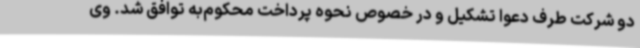
دو شرکت طرف دعوا تشکیل و در خصوص نحوه پرداخت محکوم‌به توافق شد. وی